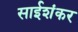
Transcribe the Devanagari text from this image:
साईशंकर